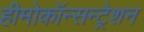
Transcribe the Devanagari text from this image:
हीमोकॉन्सन्ट्रेशन